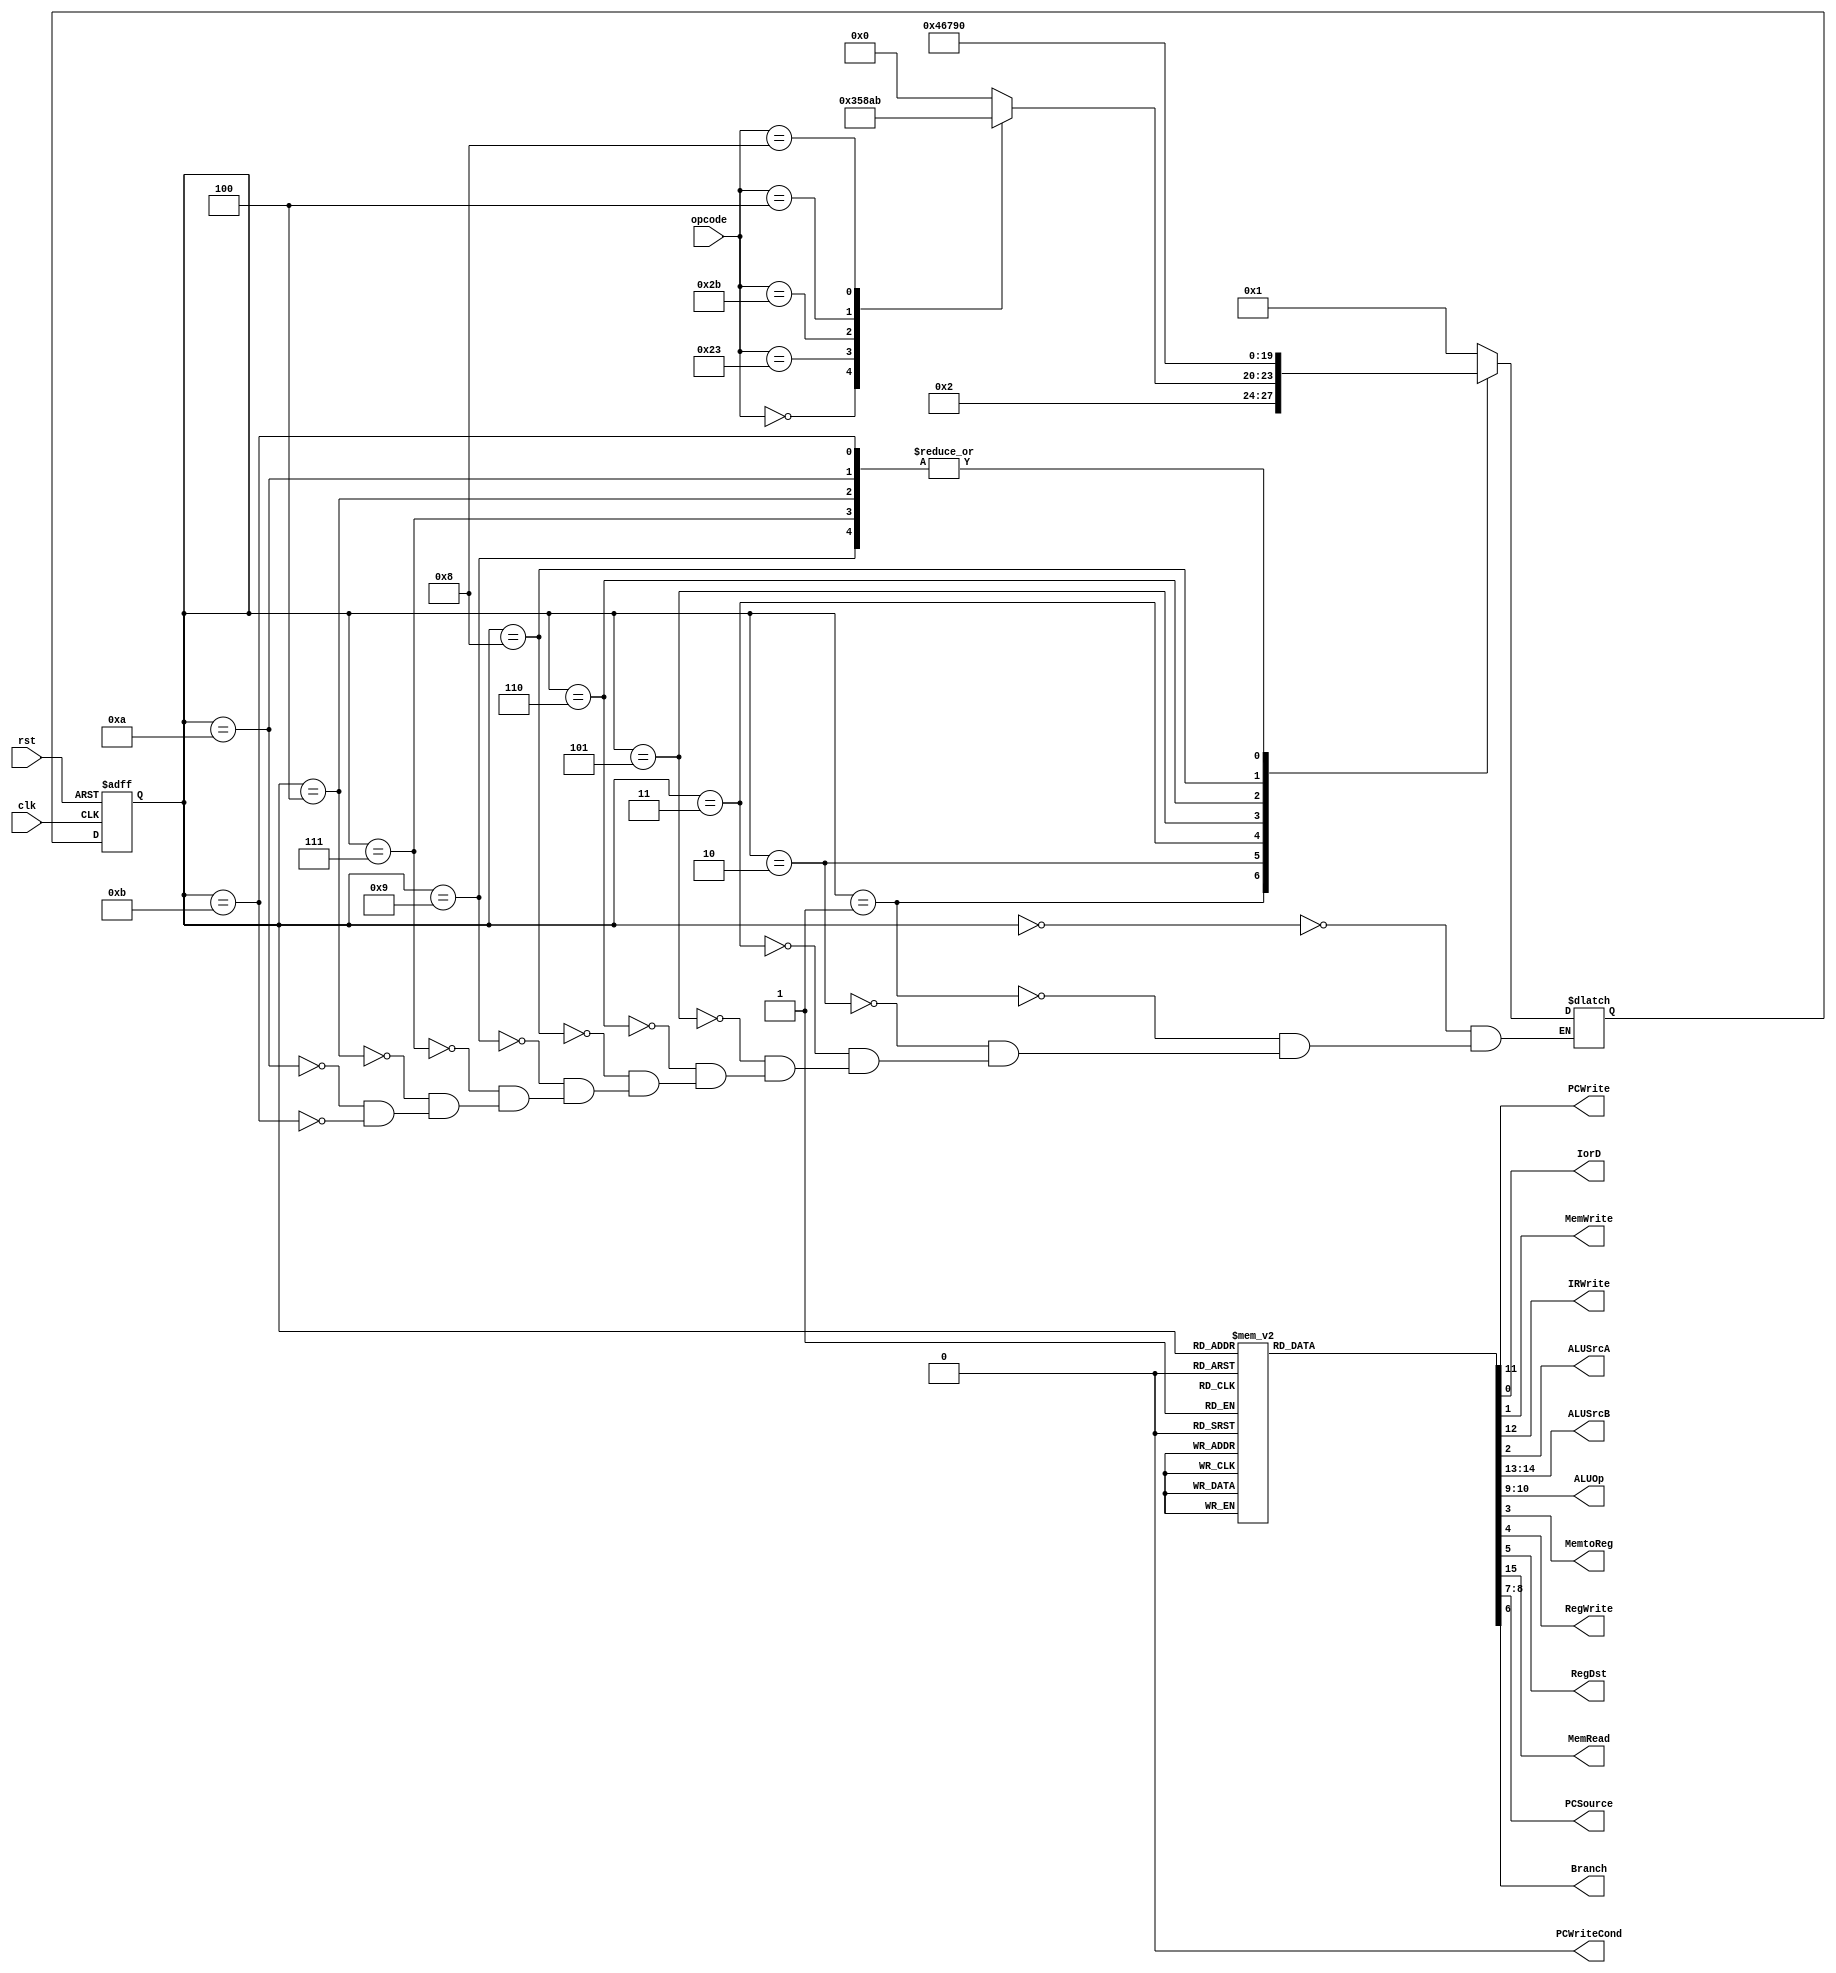
`timescale 1ns / 1ps
module controlunit (
    input clk,
    input rst,
    input [5:0] opcode,
    output PCWrite,
    output IorD,
    output MemWrite,
    output IRWrite,
    output ALUSrcA,
    output [1:0] ALUSrcB,
    output [1:0] ALUOp,
    output MemtoReg,
    output RegWrite,
    output RegDst,
    output PCWriteCond,
    output MemRead,
    output [1:0] PCSource,
    output Branch
    );
  
  reg PCWrite_reg, IorD_reg, MemWrite_reg, IRWrite_reg, ALUSrcA_reg, MemtoReg_reg, RegWrite_reg, RegDst_reg, PCWriteCond_reg, MemRead_reg, Branch_reg;
  reg [1:0] PCSource_reg;
  reg [1:0] ALUSrcB_reg;
  reg [1:0] ALUOp_reg;
  
    reg [3:0] next_state, current_state;
  
    parameter IDLE = 4'b0000, FETCH = 4'b0001, DECODE = 4'b0010, RTYP1 = 4'b0011, RTYP2 = 4'b0100, LW = 4'b0101,
    LW1 = 4'b0110, LW2 = 4'b0111, SW = 4'b1000, SW1 = 4'b1001, BEQ = 4'b1010, JUMP = 4'b1011;
    
    always@(posedge clk or posedge rst)
    begin 
        if(rst)
            current_state <= IDLE;
        else
            current_state <= next_state;
    end
    
    always@(current_state or opcode) begin
        
        case(current_state)
            IDLE: next_state = FETCH;
            FETCH: next_state= DECODE;
            DECODE: 
                case(opcode)
                    6'b000000: next_state = RTYP1;
                    6'b100011: next_state = LW;
                    6'b101011: next_state = SW;
                    6'b000100: next_state = BEQ;
                    6'b001000: next_state = JUMP;
                    default: next_state = IDLE;
                endcase
            RTYP1: next_state = RTYP2;
            LW: next_state = LW1;
            LW1: next_state = LW2;
            SW: next_state = SW1;
            SW1: next_state = IDLE;
            LW2: next_state = IDLE;
            RTYP2: next_state = IDLE;
            BEQ: next_state = IDLE;
            JUMP: next_state = IDLE;
        endcase
    end
    
    always@(current_state)
    begin
            PCWrite_reg = 0;
            IorD_reg = 0;
            MemWrite_reg = 0;
            IRWrite_reg = 0;
            ALUSrcA_reg = 0;
            ALUSrcB_reg = 0;
            ALUOp_reg = 0;
            MemtoReg_reg = 0;
            RegWrite_reg = 0;
            RegDst_reg = 0;
            PCWriteCond_reg = 0;
            MemRead_reg = 0;
            PCSource_reg = 0;
            Branch_reg = 0;
        case(current_state)
            FETCH: begin
                PCWrite_reg = 1;
                IRWrite_reg = 1;
                ALUSrcB_reg = 2'b01;
					 MemRead_reg=1;
            end
            DECODE: begin
                ALUSrcB_reg = 2'b11;
            end
            RTYP1: begin
                ALUSrcA_reg = 1;
                ALUOp_reg = 2'b10;
            end
            RTYP2: begin
                RegDst_reg = 1;
                RegWrite_reg = 1;
            end
            LW, SW: begin
                ALUSrcA_reg = 1;
                ALUSrcB_reg = 2'b10;
            end
            LW1: begin
                IorD_reg = 1;
            end
            LW2: begin
                MemtoReg_reg = 1;
                RegWrite_reg = 1;
            end
            SW1: begin
                IorD_reg = 1;
                MemWrite_reg = 1;
            end
            BEQ: begin
                ALUSrcA_reg = 1;
                ALUOp_reg = 2'b01;
                PCSource_reg = 2'b01;
                Branch_reg = 1;
            end
            JUMP: begin
                PCSource_reg = 2'b10;
                PCWrite_reg = 1;
            end
        endcase
    end
	
    assign PCWrite = PCWrite_reg;
    assign IorD = IorD_reg;
    assign MemWrite = MemWrite_reg;
    assign IRWrite = IRWrite_reg;
    assign ALUSrcA = ALUSrcA_reg;
    assign ALUSrcB = ALUSrcB_reg;
    assign ALUOp = ALUOp_reg;
    assign MemtoReg = MemtoReg_reg;
    assign RegWrite = RegWrite_reg;
    assign RegDst = RegDst_reg;
    assign PCWriteCond = PCWriteCond_reg;
    assign MemRead = MemRead_reg;
    assign PCSource = PCSource_reg;
    assign Branch = Branch_reg;
    
endmodule